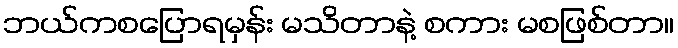
ဘယ်ကစပြောရမှန်း မသိတာနဲ့ စကား မစဖြစ်တာ။